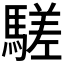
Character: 𩥙